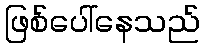
ဖြစ်ပေါ်နေသည်